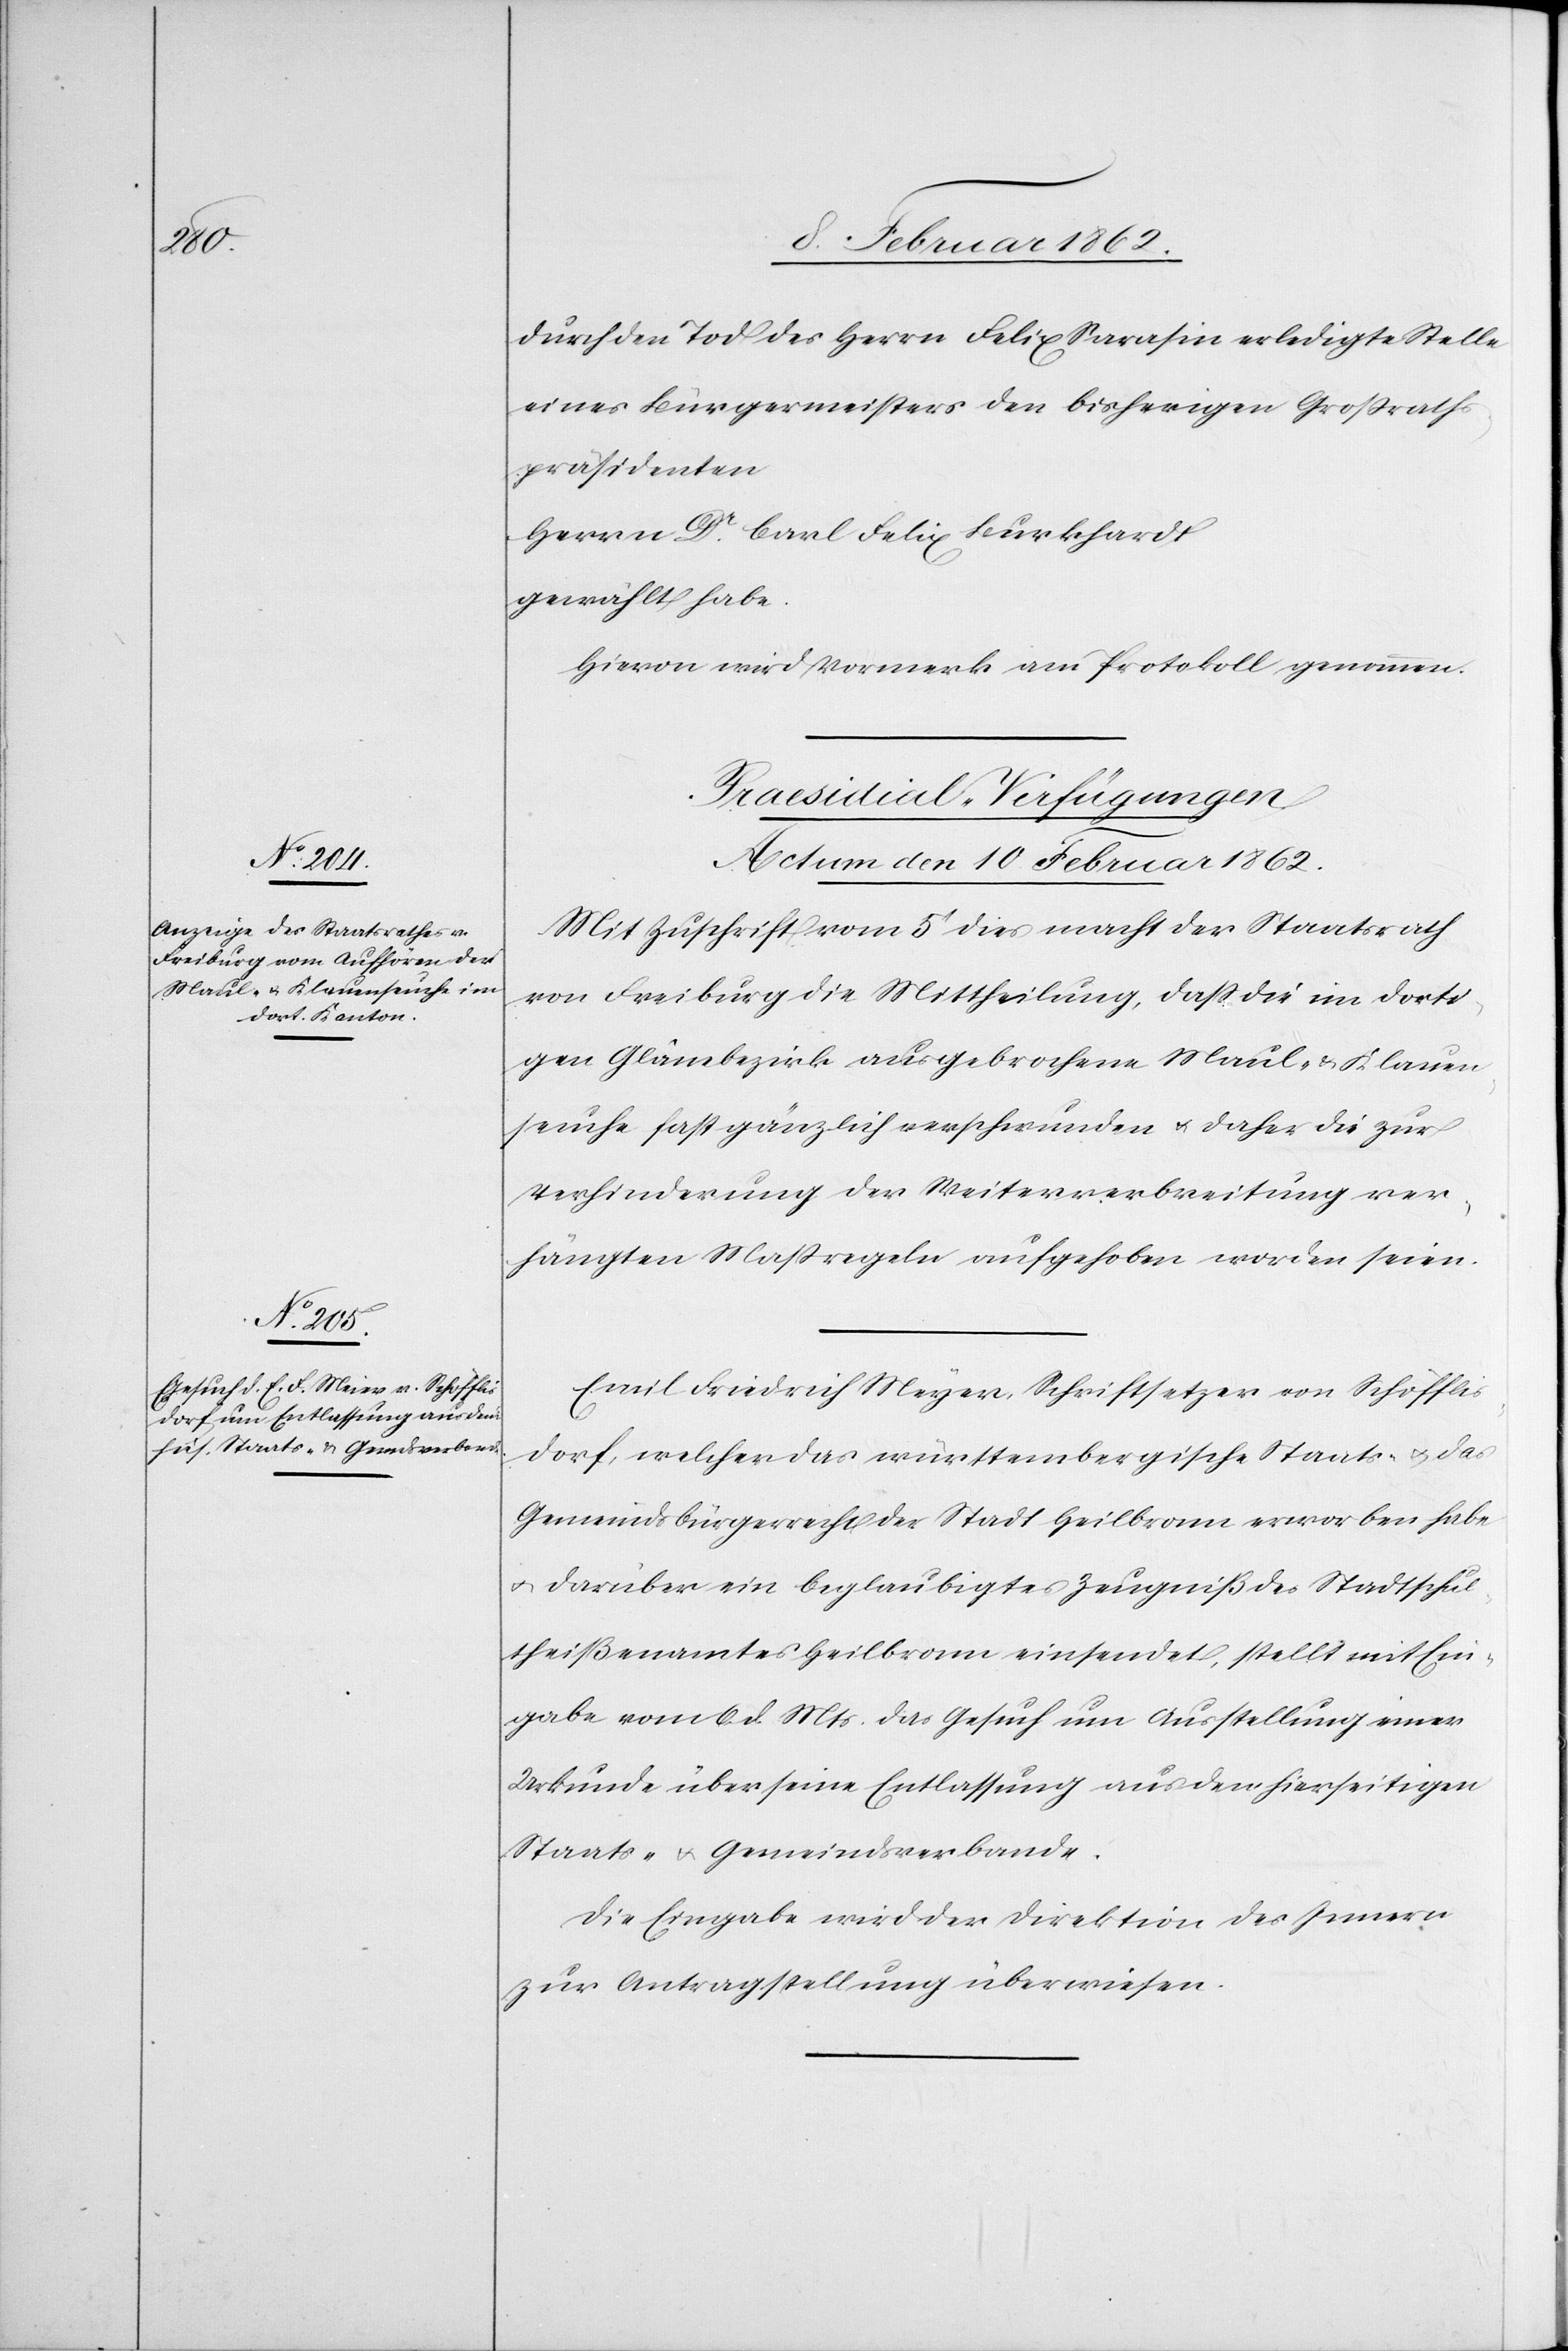
durch den Tod des Herrn Felix Sarasin erledigte Stelle
eines Bürgermeisters den bisherigen Großrath¬
spräsidenten
Herrn Dr. Carl Felix Burkhardt
gewählt habe.
Hievon wird Vormerk am Protokoll genommen.
[Praesidial-Verfügungen
Actum den 10 Februar 1862.]
Mit Zuschrift vom 5t dies macht der Staatsrath
von Freiburg die Mittheilung, daß die im dorti¬
gen Glânebezirk ausgebrochene Maul- & Klauen¬
seuche fast gänzlich verschwunden u. daher die zur
Verhinderung der Weiterverbreitung ver¬
fügten Maßregeln aufgehoben worden seien.
Emil Friedrich Meyer [sic!], Schriftsetzer von Schöfflis¬
dorf [sic!], welcher das württembergische Staats- u. das
Gemeindsbürgerrecht der Stadt Heilbronn erworben habe
u. darüber ein beglaubigtes Zeugniß des Stadtschul¬
theißenamtes Heilbronn einsendet, stellt mit Ein¬
gabe vom 6. d. Mts. das Gesuch um Ausstellung einer
Urkunde über seine Entlassung aus dem hierseitigen
Staats- u. Gemeindsverbande.
Die Eingabe wird der Direktion des Innern
zur Antragstellung überwiesen.